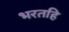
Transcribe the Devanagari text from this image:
भरतहि